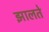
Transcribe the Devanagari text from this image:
झालते